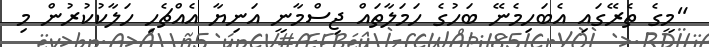
"މީގެ ތެރޭގައި އެބަހިމެނޭ ބަހުގެ ހަމަލާތައް ޖިސްމާނީ އަނިޔާ އެއްޗެހި ހަލާކުކުރުން މި